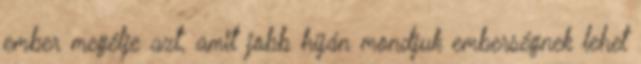
ember megélje azt, amit jobb híján mondjuk emberségnek lehet